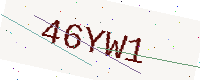
Text: 46YW1